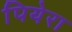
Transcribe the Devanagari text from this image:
पियेरा